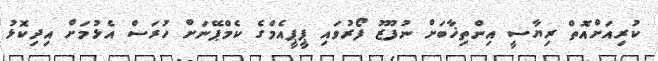
ކުރިއަށްއޮތް ރިޔާސީ އިންތިޚާބަށް ނުފޫޒު ފޯރުވައި ޕީޕީއެމްގެ ކެމްޕޭނަށް ހުރަސް އެޅުމަށް އިދިކޮޅު